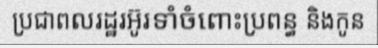
ប្រជាពលរដ្ឋរអ៊ូរទាំចំពោះប្រពន្ធ និងកូន